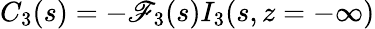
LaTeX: C_{3}(s)=-\mathscr{F}_{3}(s)I_{3}(s,z=-\infty)